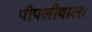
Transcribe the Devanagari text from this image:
पीपलीवाला